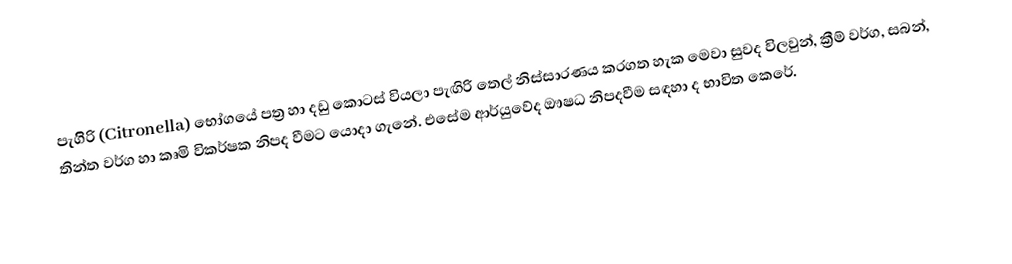
පැගිිරි (Citronella) භෝගයේ පත්‍ර හා දඩු කොටස් වියලා පැඟිරි තෙල් නිස්සාරණය කරගත හැක මෙවා සුවද විලවුන්, ක්‍රීම් වර්ග, සබන්, තින්ත වර්ග හා කෘමි විකර්ෂක නිපද වීමට යොදා ගැනේ. එසේම ආර්යුවේද ඖෂධ නිපදවීම සඳහා ද භාවිත කෙරේ.